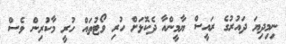
ނިމިދިޔަ ދައުރުގެ ރައީސް ޔާމީންއާ ދެކޮޅަށް ހުރި ވޯޓުތައް ހުރީ މާކުރިން ވެސް